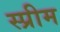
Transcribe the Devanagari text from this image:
स्प्रीम